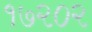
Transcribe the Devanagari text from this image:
१७२०२